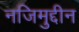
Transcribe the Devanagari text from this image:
नजिमुद्दीन